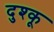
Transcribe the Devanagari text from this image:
दुश्कू